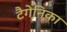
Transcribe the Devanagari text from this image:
टैगेनिका